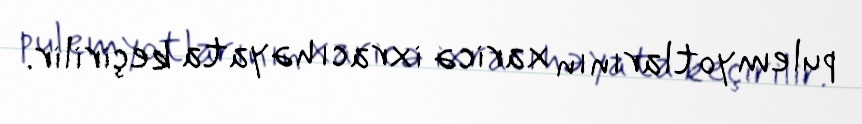
pulemyotlarının xaricə ixracı həyata keçirilir.